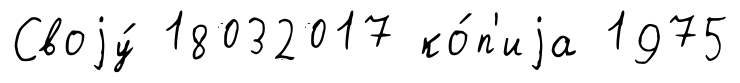
Своjу́ 18032017 ко́п'иjа 1975